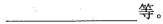
___等。